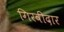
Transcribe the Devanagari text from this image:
गिरवीदार